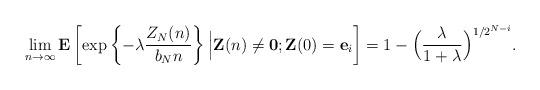
LaTeX: \begin{align*}\lim_{n\rightarrow \infty }\mathbf{E}\left[ \exp \left\{ -\lambda \frac{Z_{N}(n)}{b_{N}n}\right\} \Big|\mathbf{Z}( n) \neq \mathbf{0};\mathbf{Z}( 0)=\mathbf{e}_{i}\right] =1-\Big( \frac{\lambda }{1+\lambda }\Big) ^{1/2^{N-i}}. \end{align*}